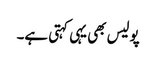
پولیس بھی یہی کہتی ہے۔